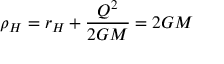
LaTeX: \rho _ { H } = r _ { H } + \frac { Q ^ { 2 } } { 2 G M } = 2 G M